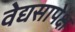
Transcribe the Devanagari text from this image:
वेद्यसापेक्ष